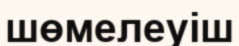
шөмелеуіш